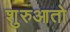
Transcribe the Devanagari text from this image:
शुरुआतो